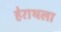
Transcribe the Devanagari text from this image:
हेराथला